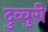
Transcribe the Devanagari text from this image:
दुव्वुरी